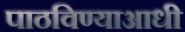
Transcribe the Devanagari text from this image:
पाठविण्याआधी